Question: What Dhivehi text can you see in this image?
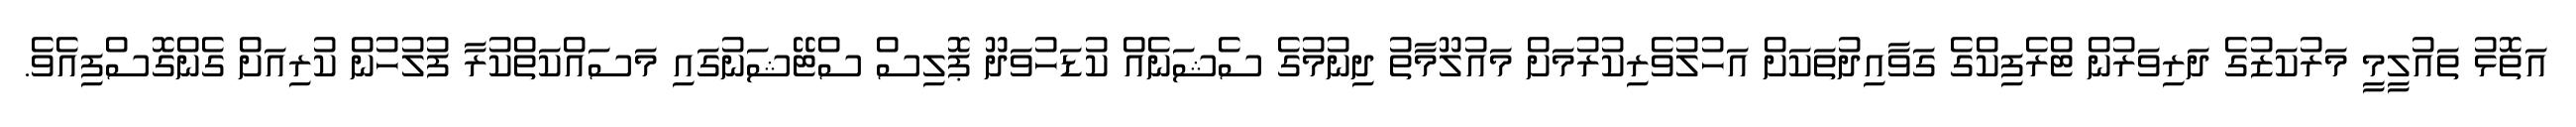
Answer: އަތޮޅު ތައުލީމީ މަރުކަޒުގެ ދަރިވަރުން ޓްރެފިކްގެ ގަވާއިދުތަކަށް އަހުލުވެރިކުރުމަށް މައުލޫމާތު ދިނުމުގެ ސެޝަނެއް ކުޑަހުވަދޫ ޕޮލިސް ސްޓޭޝަނުގައި މަސައްކަތްކުރާ ފުލުހުން ކުރިއަށް ގެންގޮސްފިއެވެ.